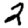
Digit: 2